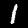
Label: 1